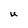
Character: U